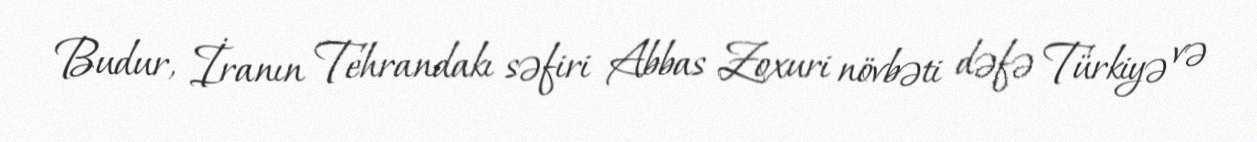
Budur, İranın Tehrandakı səfiri Abbas Zoxuri növbəti dəfə Türkiyə və